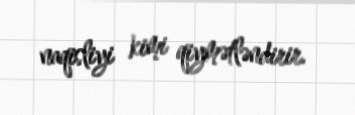
naqisliyi kimi qiymətləndirir.